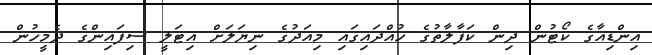
އިންޑިއާގެ ކޯޓުން ދިން ކަފާލާތުގެ ހުއްދައިގައި މިއަދުގެ ނިޔަލަށް އިޓަލީ ސިފައިންގެ ދެމީހުން